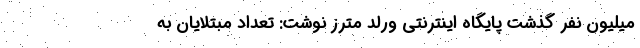
میلیون نفر گذشت پایگاه اینترنتی ورلد مترز نوشت: تعداد مبتلایان به